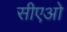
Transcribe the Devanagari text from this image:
सीएओ